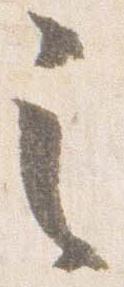
之